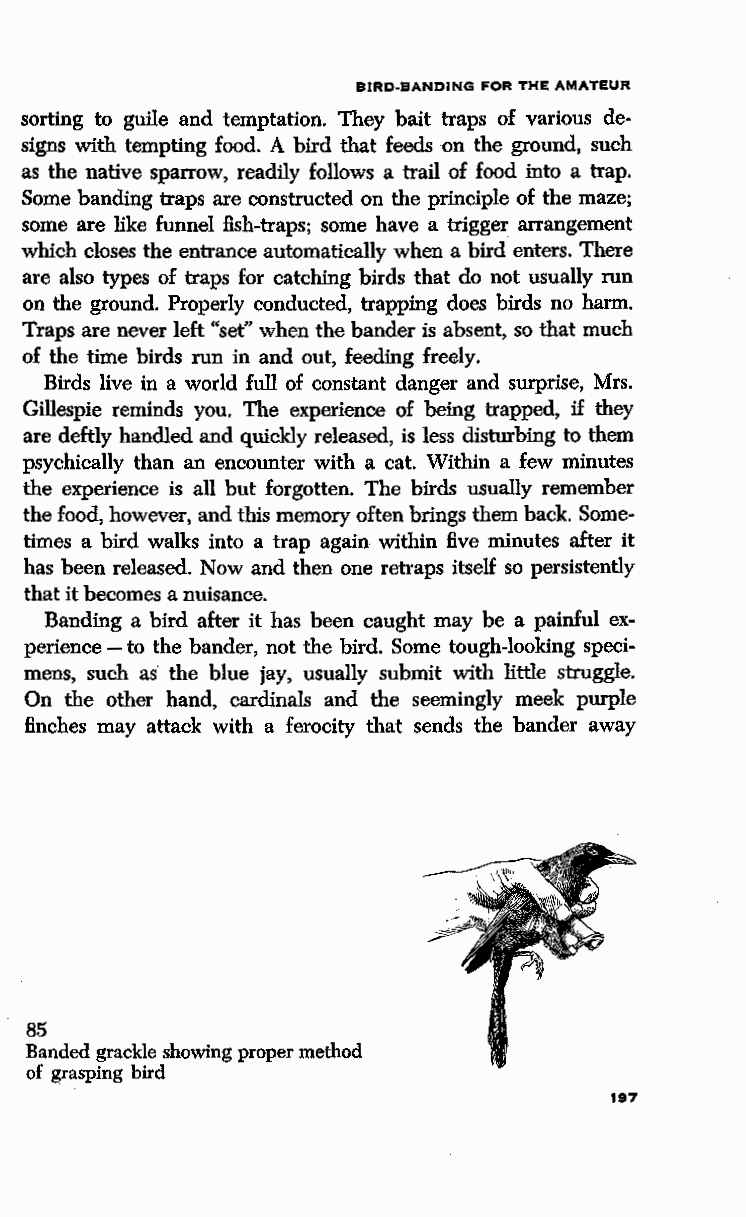
BIRD-BANDING FOR THE AMATEUR
 sorting to guile and temptation. They bait traps of various de
 signs with tempting food. A bird that feeds on the ground, such
 as the native sparrow, readily follows a trail of food into a trap.
 Some banding traps are constructed on the principle of the maze;
 some are like funnel fish-traps; some have a trigger arrangement
 which closes the entrance automatically when a bird enters. There
 are also types of traps for catching birds that do not usually run
 on the ground. Properly conducted, trapping does birds no harm.
 Traps are never left "set" when the bander is absent, so that much
 of the time birds run in and out, feeding freely.
 Birds live in a world full of constant danger and surprise, Mrs.
 Gillespie reminds you. The experience of being trapped, if they
 are deftly handled and quickly released, is less disturbing to them
 psychically than an encounter with a cat. Within a few minutes
 the experience is all but forgotten. The birds usually remember
 the food, however, and this memory often brings them back. Some
 times a bird walks into a trap again within five minutes after it
 has been released. Now and then one retraps itself so persistently
 that it becomes a nuisance.
 Banding a bird after it has been caught may be a painful ex
 perience-to the bander, not the bird. Some tough-looking speci
 mens, such as the blue jay, usually submit with little struggle.
 On the other hand, cardinals and the seemingly meek purple
 finches may attack with a ferocity that sends the bander away
 85
 Banded grackle showing proper method
 of grasping bird
 197